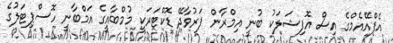
އެފްއޭއެމްގެ އިސް އޮފިޝަލަކު ބުނީ އިމްރާން ފަރުވާދޭ ޑޮކްޓަރަކީ މުމްބާއީގެ އަމްބާނީ ހޮސްޕިޓަލުގެ